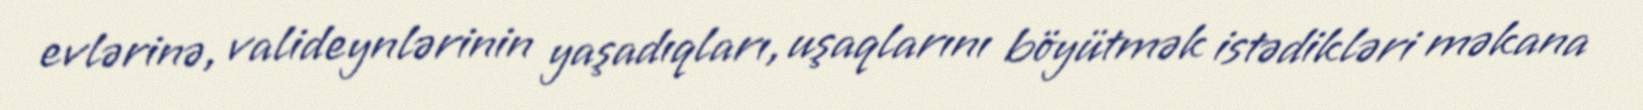
evlərinə, valideynlərinin yaşadıqları, uşaqlarını böyütmək istədikləri məkana